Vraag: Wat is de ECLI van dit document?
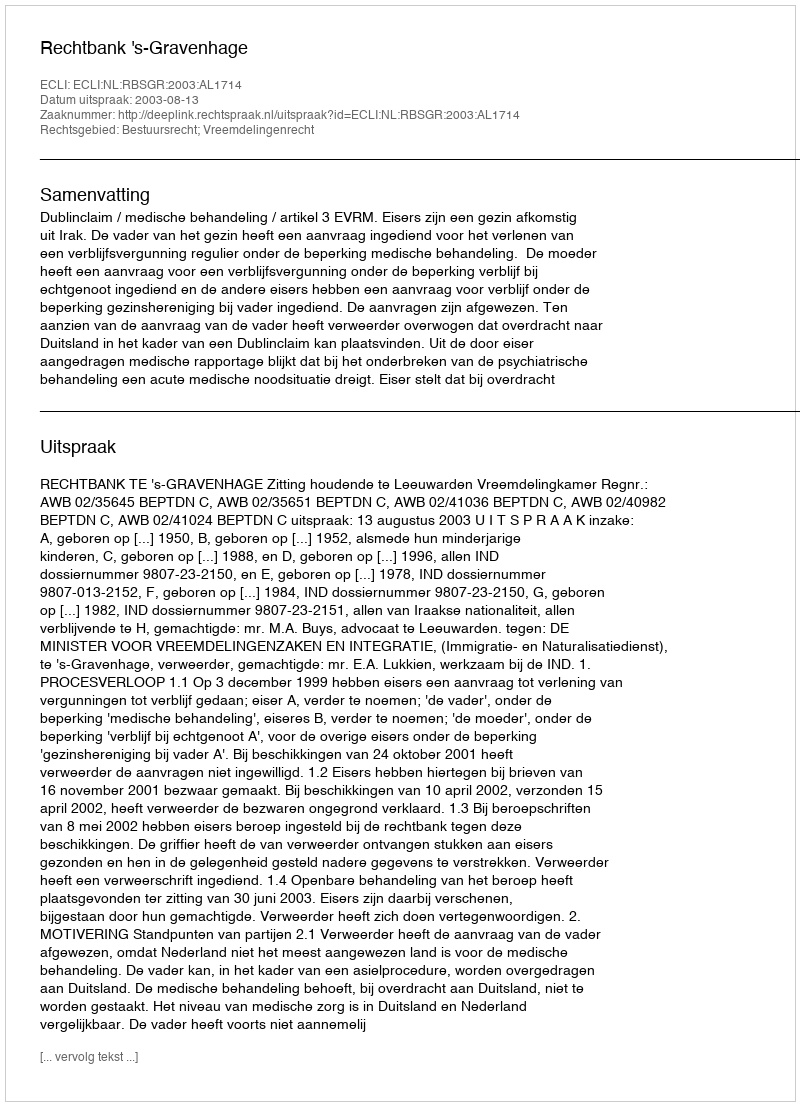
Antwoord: ECLI:NL:RBSGR:2003:AL1714